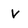
Character: v